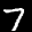
Label: 7